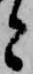
と